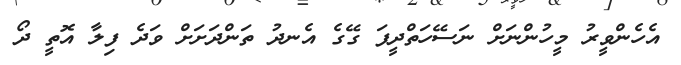
އެހެންވީރު މީހުންނަށް ނަސޭހަތްދީފަ ގޭގެ އެނދު ތަންދަށަށް ވަދެ ފިލާ އޮތީ ދޯ